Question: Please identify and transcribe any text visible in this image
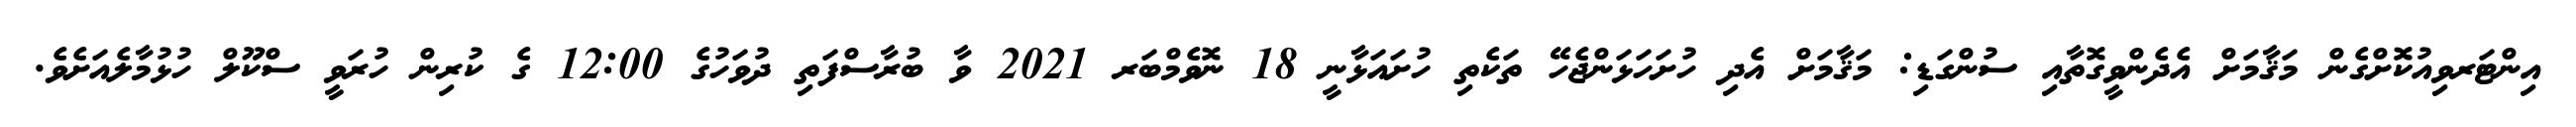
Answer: އިންޓަރވިއުކޮށްގެން މަޤާމަށް އެދެންވީގޮތާއި ސުންގަޑި: މަޤާމަށް އެދި ހުށަހަޅަންޖެހޭ ތަކެތި ހުށައަޅާނީ 18 ނޮވެމްބަރ 2021 ވާ ބުރާސްފަތި ދުވަހުގެ 12:00 ގެ ކުރިން ހުރަވީ ސްކޫލް ހުޅުމާލެއަށެވެ.